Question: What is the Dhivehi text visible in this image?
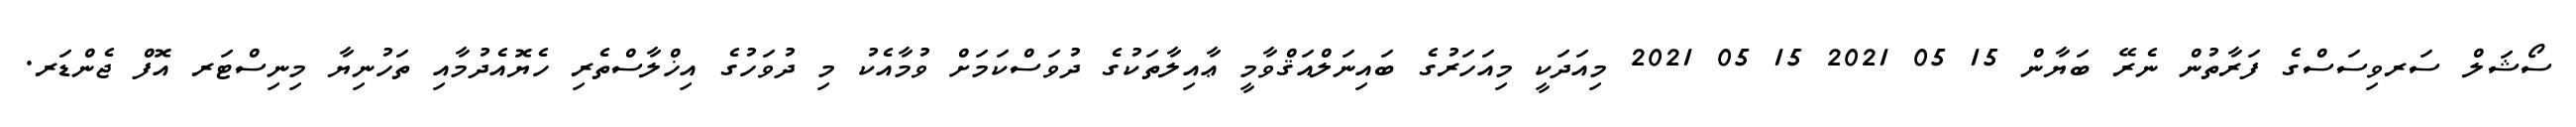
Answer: ސޯޝަލް ސަރވިސަސްގެ ފަރާތުން ނެރޭ ބަޔާން 15 05 2021 15 05 2021 މިއަދަކީ މިއަހަރުގެ ބައިނަލްއަޤްވާމީ ޢާއިލާތަކުގެ ދުވަސްކަމަށް ވުމާއެކު މި ދުވަހުގެ އިޚްލާސްތެރި ހެޔޮއެދުމާއި ތަހުނިޔާ މިނިސްޓަރ އޮފް ޖެންޑަރ.